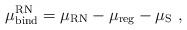
LaTeX: \begin{align*}\mu_{\rm bind}^{\rm RN} = \mu_{\rm RN} - \mu_{\rm reg} - \mu_{\rm S}\ ,\end{align*}